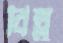
বিল্লু